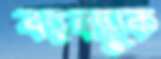
বঙ্গবন্ধুকে